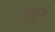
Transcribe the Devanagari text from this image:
जुफुरे